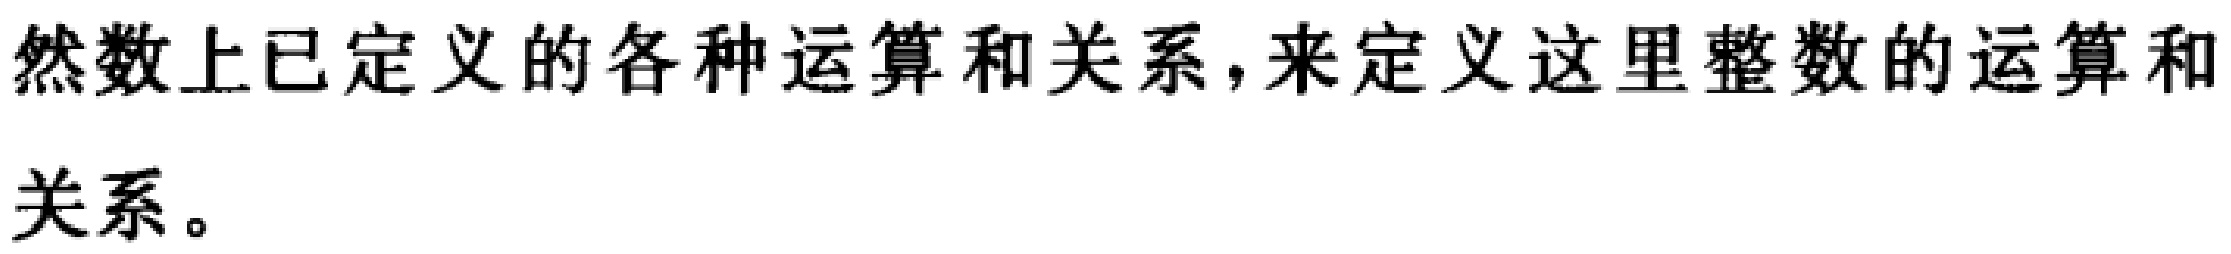
然数上已定义的各种运算和关系，来定义这里整数的运算和关系。